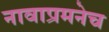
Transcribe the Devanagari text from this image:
नावाप्रमनेच